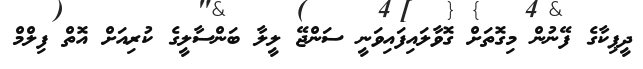
ދީޕިކާގެ ފޭނުން މިގޮތަށް ގޮވާލައިފައިވަނީ ސަންޖޭ ލީލާ ބަންސާލީގެ ކުރިއަށް އޮތް ފިލްމް